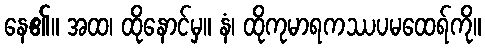
နေ၏။ အထ၊ ထိုနောင်မှ။ နံ၊ ထိုကုမာရကဿပမထေရ်ကို။